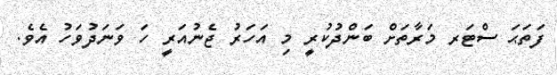
ފަތަޙަ ސްޓަރ މަރާތަށް ބަންދުކުރީ މި އަހަރު ޖެނުއަރީ ހަ ވަނަދުވަހު އެވެ.